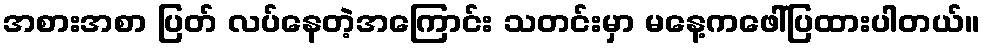
အစားအစာ ပြတ် လပ်နေတဲ့အကြောင်း သတင်းမှာ မနေ့ကဖေါ်ပြထားပါတယ်။